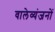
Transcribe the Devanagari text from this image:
वालेव्यंजनों